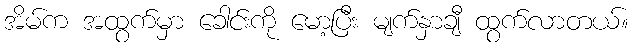
အိမ်က အထွက်မှာ ခေါင်းကို မော့ပြီး မျက်နှာချီ ထွက်လာတယ်။